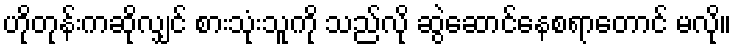
ဟိုတုန်းကဆိုလျှင် စားသုံးသူကို သည်လို ဆွဲဆောင်နေစရာတောင် မလို။